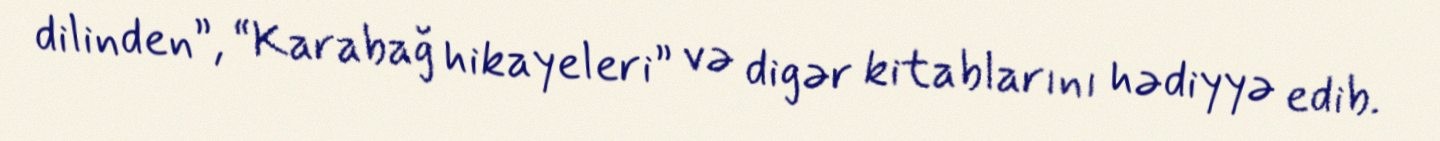
dilinden”, “Karabağ hikayeleri” və digər kitablarını hədiyyə edib.